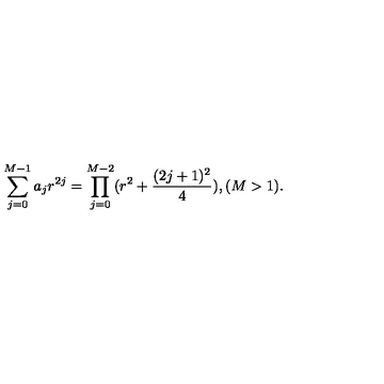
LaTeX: \sum _ { j = 0 } ^ { M - 1 } a _ { j } r ^ { 2 j } = \prod _ { j = 0 } ^ { M - 2 } ( r ^ { 2 } + \frac { ( 2 j + 1 ) ^ { 2 } } { 4 } ) , ( M > 1 ) .